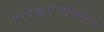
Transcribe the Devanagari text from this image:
व्केस्र्त्जुच्फ्य्जुय्तिक्र्त्यु